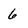
Character: 6